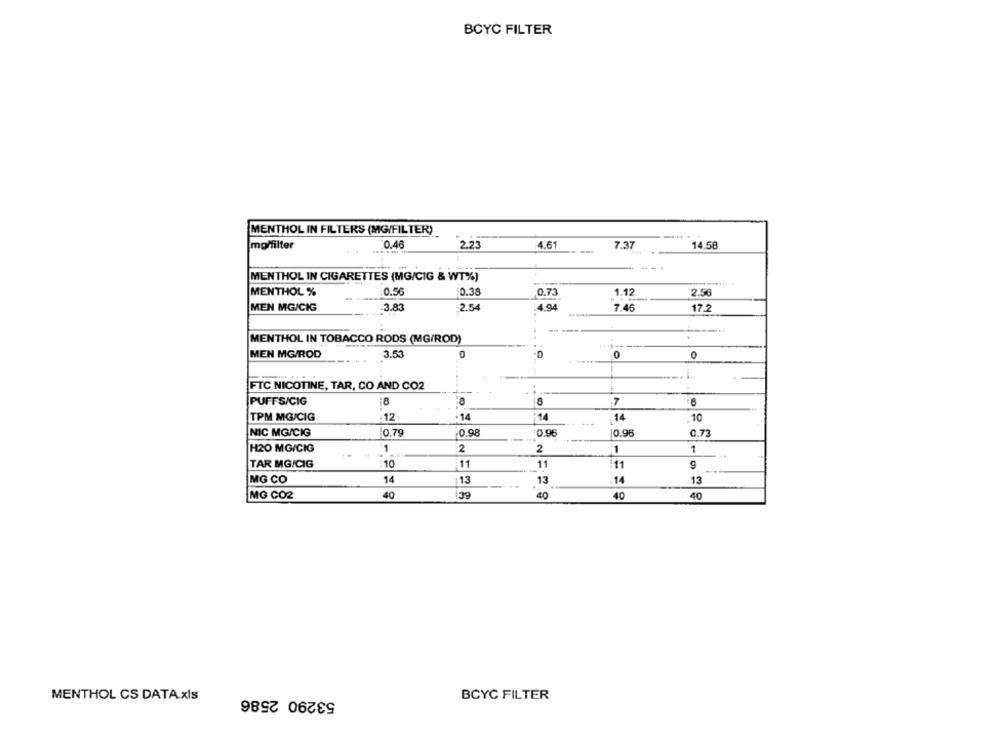
BCYC FILTER
MENTHOL IN FILTERS (MG/FILTER)
molfilter
0.46
223
4.61
7.37
14.58
MENTHOL IN CIGARETTES (MG/CIG & WT%)
MENTHOL %
0.56
0.38
0.73
1.12
2.56
MEN MG/CIG
3.83
:2.54
4.94
7.46
17.2
--
MENTHOL IN TOBACCO RODS (MG/ROD)
..
MEN MG/ROD
3.53
0
0
FTC NICOTINE, TAR, CO AND CO2
44
..
8
PUFFS/CIG
7
:14
TPM MG/CIG
12
14
14
10
NIC MG/CIG
10.79
0.98
0.96
0.96
0.73
H20 MG/CIG
1
2
2
1
1
TAR MG/CIG
10
11
11
:11
9
MG CO
14
13
13
14
13
MG CO2
40
139
40
40
40
MENTHOL CS DATA.xls
53290 2586
BCYC FILTER